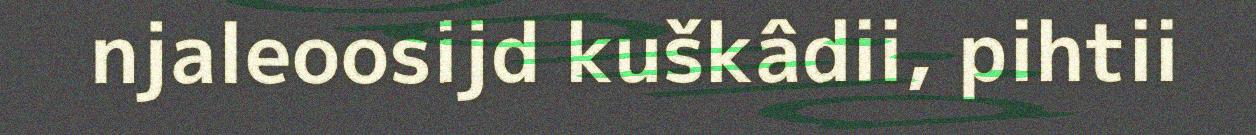
njaleoosijd kuškâdii, pihtii